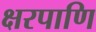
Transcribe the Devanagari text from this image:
क्षरपाणि